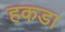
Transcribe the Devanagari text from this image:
हकडा